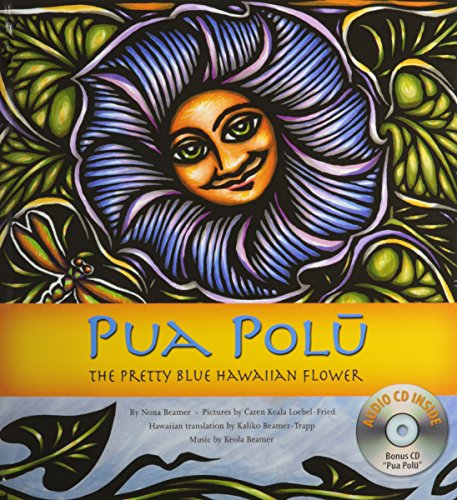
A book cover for Pua Polu: The Pretty Blue Hawaiian Flower; Winona Desha Beamer; Children's Books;